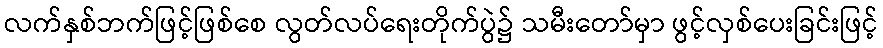
လက်နှစ်ဘက်ဖြင့်ဖြစ်စေ လွတ်လပ်ရေးတိုက်ပွဲ၌ သမီးတော်မှာ ဖွင့်လှစ်ပေးခြင်းဖြင့်